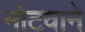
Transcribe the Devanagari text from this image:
नोटवाने